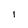
Character: i